Elephants and their diseases
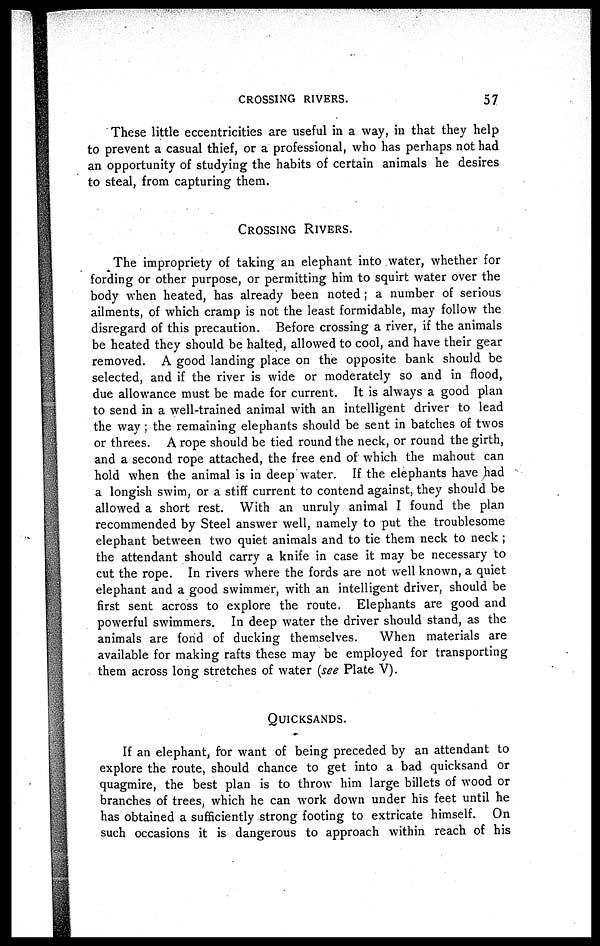
CROSSING RIVERS.
57
These little eccentricities are useful in a way, in that they help
to prevent a casual thief, or a professional, who has perhaps not had
an opportunity of studying the habits of certain animals he desires
to steal, from capturing them.
CROSSING RIVERS.
The impropriety of taking an elephant into water, whether for
fording or other purpose, or permitting him to squirt water over the
body when heated, has already been noted; a number of serious
ailments, of which cramp is not the least formidable, may follow the
disregard of this precaution. Before crossing a river, if the animals
be heated they should be halted, allowed to cool, and have their gear
removed. A good landing place on the opposite bank should be
selected, and if the river is wide or moderately so and in flood,
due allowance must be made for current. It is always a good plan
to send in a well-trained animal with an intelligent driver to lead
the way ; the remaining elephants should be sent in batches of twos
or threes. A rope should be tied round the neck, or round the girth,
and a second rope attached, the free end of which the mahout can
hold when the animal is in deep water. If the elephants have had
a longish swim, or a stiff current to contend against, they should be
allowed a short rest. With an unruly animal I found the plan
recommended by Steel answer well, namely to put the troublesome
elephant between two quiet animals and to tie them neck to neck ;
the attendant should carry a knife in case it may be necessary to
cut the rope. In rivers where the fords are not well known, a quiet
elephant and a good swimmer, with an intelligent driver, should be
first sent across to explore the route. Elephants are good and
powerful swimmers. In deep water the driver should stand, as the
animals are fond of ducking themselves.
When materials are
available for making rafts these may be employed for transporting
them across long stretches of water (see Plate V).
QUICKSANDS.
If an elephant, for want of being preceded by an attendant to
explore the route, should chance to get into a bad quicksand or
quagmire, the best plan is to throw him large billets of wood or
branches of trees, which he can work down under his feet until he
has obtained a sufficiently strong footing to extricate himself. On
such occasions it is dangerous to approach within reach of his